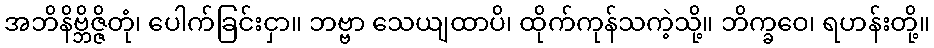
အဘိနိဗ္ဘိဇ္ဇိတုံ၊ ပေါက်ခြင်းငှာ။ ဘဗ္ဗာ သေယျထာပိ၊ ထိုက်ကုန်သကဲ့သို့။ ဘိက္ခဝေ၊ ရဟန်းတို့။